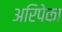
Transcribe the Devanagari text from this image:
अरिपेका